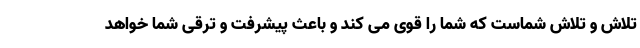
تلاش و تلاش شماست که شما را قوی می کند و باعث پیشرفت و ترقی شما خواهد